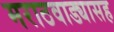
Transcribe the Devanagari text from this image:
मराठवाड्यासह